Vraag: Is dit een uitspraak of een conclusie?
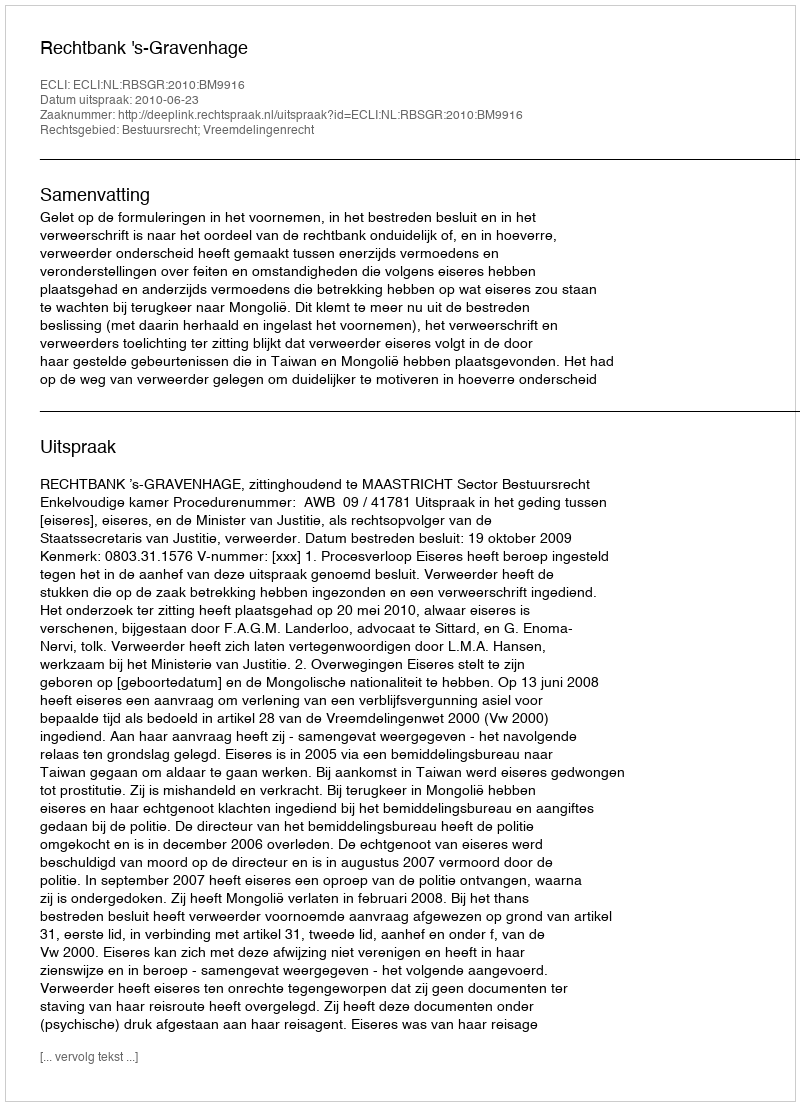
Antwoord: Uitspraak